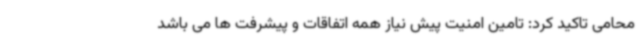
محامی تاکید کرد: تامین امنیت پیش نیاز همه اتفاقات و پیشرفت ها می باشد